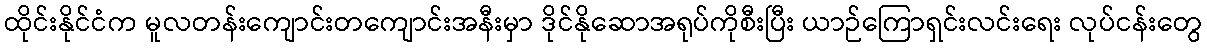
ထိုင်းနိုင်ငံက မူလတန်းကျောင်းတကျောင်းအနီးမှာ ဒိုင်နိုဆောအရုပ်ကိုစီးပြီး ယာဉ်ကြောရှင်းလင်းရေး လုပ်ငန်းတွေ